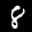
Label: 8